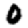
Digit: 0